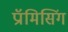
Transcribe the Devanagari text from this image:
प्रॉमिसिंग